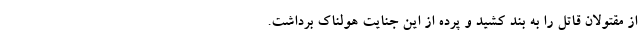
از مقتولان قاتل را به بند کشید و پرده از این جنایت هولناک برداشت.